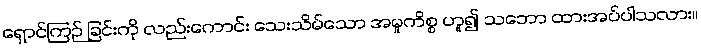
ရှောင်ကြဉ် ခြင်းကို လည်းကောင်း သေးသိမ်သော အမှုကိစ္စ ဟူ၍ သဘော ထားအပ်ပါသလား။